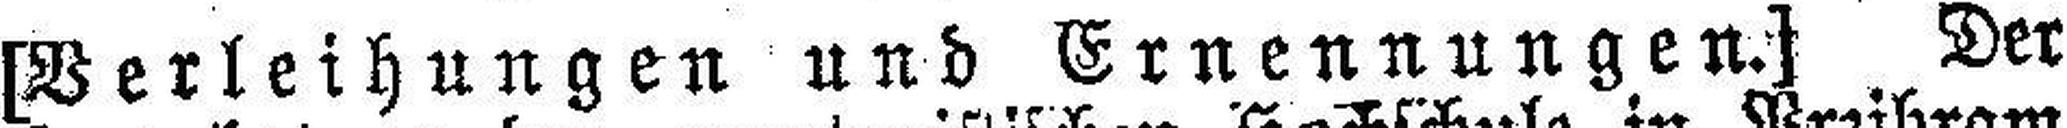
[Verleihungen und Ernennungen.] Der